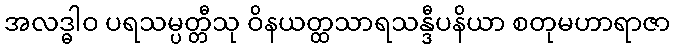
အလဒ္ဓါဝ ပရသမ္ပတ္တီသု ဝိနယတ္ထသာရသန္ဒီပနိယာ စတုမဟာရာဇာ